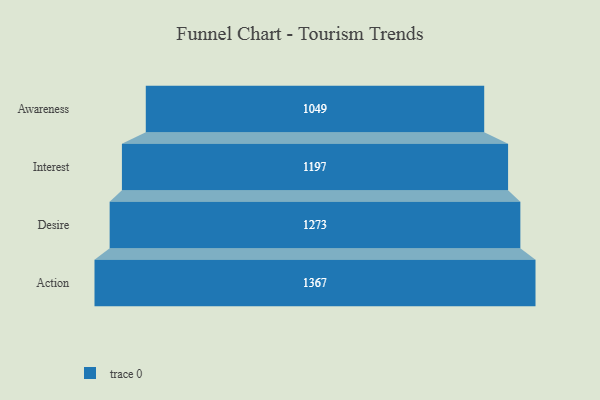
{"axis": {"x": "Stage", "y": "Value"}, "legend": [""], "data": [{"x": "Awareness", "y": 1049.0, "type": ""}, {"x": "Interest", "y": 1197.0, "type": ""}, {"x": "Desire", "y": 1273.0, "type": ""}, {"x": "Action", "y": 1367.0, "type": ""}]}